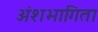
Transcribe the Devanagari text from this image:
अंशभागिता